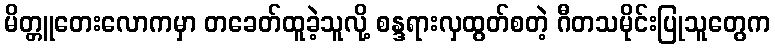
မိတ္တူတေးလောကမှာ တခေတ်ထူခဲ့သူလို့ စန္ဒရားလှထွတ်စတဲ့ ဂီတသမိုင်းပြုသူတွေက